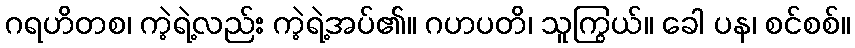
ဂရဟိတစ၊ ကဲ့ရဲ့လည်း ကဲ့ရဲ့အပ်၏။ ဂဟပတိ၊ သူကြွယ်။ ခေါ ပန၊ စင်စစ်။